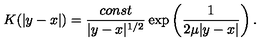
K ( | y - x | ) = \frac { c o n s t } { | y - x | ^ { 1 / 2 } } \exp \left( \frac { 1 } { 2 \mu | y - x | } \right) .